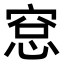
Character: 𥦗